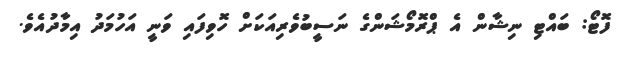
ފޮޓޯ: ބައްޓި ނިޝާން އެ ޕްރޮމޯޝަންގެ ނަސީބުވެރިއަކަށް ހޮވިފަައި ވަނީ އަހުމަދު އިމާދުއެވެ.